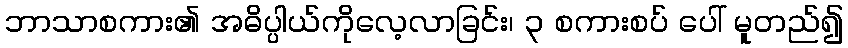
ဘာသာစကား၏ အဓိပ္ပါယ်ကိုလေ့လာခြင်း၊ ၃ စကားစပ် ပေါ် မူတည်၍